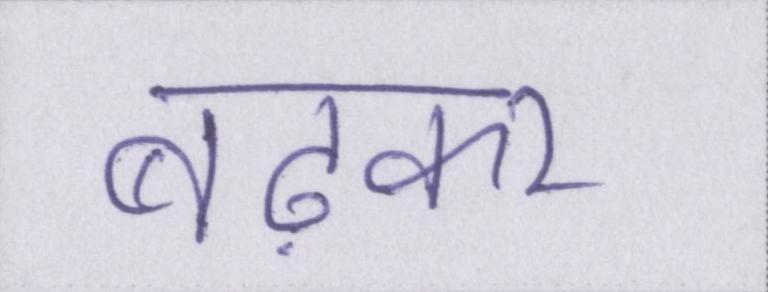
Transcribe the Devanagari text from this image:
बढ़कर